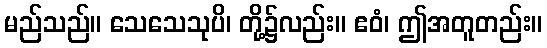
မည်သည်။ သေသေသုပိ၊ တို့၌လည်း။ ဧဝံ၊ ဤအတူတည်း။